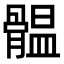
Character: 䯠